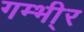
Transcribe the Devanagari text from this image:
गम्भी्र